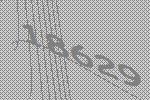
18629